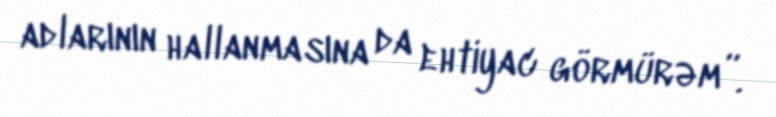
adlarının hallanmasına da ehtiyac görmürəm”.